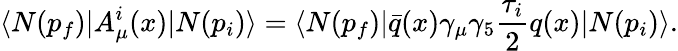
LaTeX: \langle N(p_{f})|A_{\mu}^{i}(x)|N(p_{i})\rangle=\langle N(p_{f})|\bar{q}(x)\gamma_{\mu}\gamma_{5}\frac{\tau_{i}}{2}q(x)|N(p_{i})\rangle.